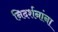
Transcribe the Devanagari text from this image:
निदर्शनांना